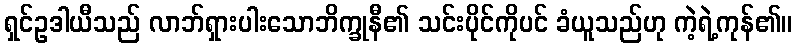
ရှင်ဥဒါယီသည် လာဘ်ရှားပါးသောဘိက္ခုနီ၏ သင်းပိုင်ကိုပင် ခံယူသည်ဟု ကဲ့ရဲ့ကုန်၏။